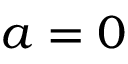
a = 0